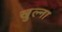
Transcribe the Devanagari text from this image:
खुल्ना